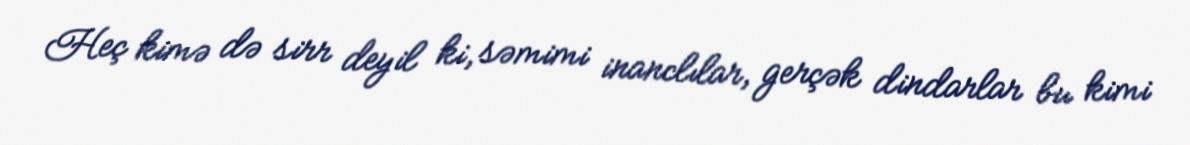
Heç kimə də sirr deyil ki, səmimi inanclılar, gerçək dindarlar bu kimi